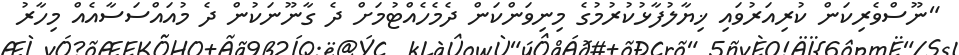
"ނޫސްވެރިކަން ކުރިއަރުވައި ޚިޔާލުފާޅުކުރުމުގެ މިނިވަންކަން ދެމެހެއްޓުމަށް ދެ ގާނޫނަކުން ދެ މުއައްސަސާއެއް މިހާރު